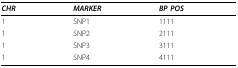
<table><thead><tr><td><b><i>CHR</i></b></td><td><b><i>MARKER</i></b></td><td><b><i>BP POS</i></b></td></tr></thead><tbody><tr><td>1</td><td>SNP1</td><td>1111</td></tr><tr><td>1</td><td>SNP2</td><td>2111</td></tr><tr><td>1</td><td>SNP3</td><td>3111</td></tr><tr><td>1</td><td>SNP4</td><td>4111</td></tr></tbody></table>